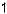
1